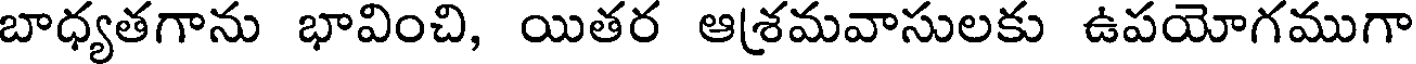
బాధ్యతగాను భావించి, యితర ఆశ్రమవాసులకు ఉపయోగముగా